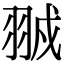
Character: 䎉